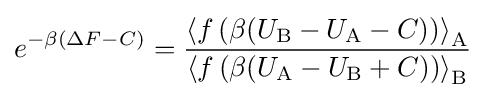
e^{-\beta (\Delta F-C)}={\frac {\left\langle f\left(\beta (U_{\text{B}}-U_{\text{A}}-C)\right)\right\rangle _{\text{A}}}{\left\langle f\left(\beta (U_{\text{A}}-U_{\text{B}}+C)\right)\right\rangle _{\text{B}}}}